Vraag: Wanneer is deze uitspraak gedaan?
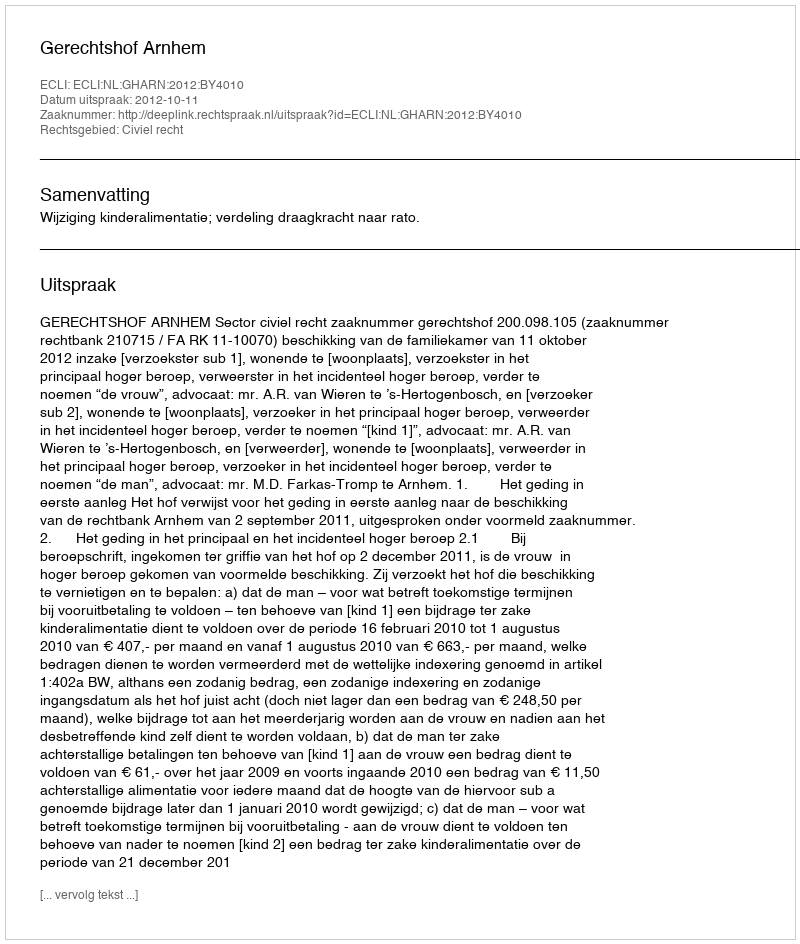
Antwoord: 2012-10-11